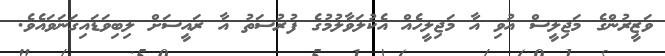
ވަޒީރުންގެ މަޖިލީސް އުވި އާ މަޖިލީހެއް އެކުލަވާލުމުގެ ފުރުސަތު އާ ރައީސަށް ލިބިވަޑައިގަނަވައެވެ.